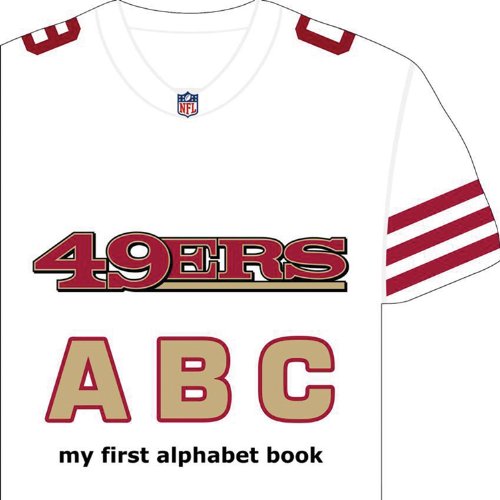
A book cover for San Francisco 49ers ABC (My First Alphabet Books); Brad M. Epstein; Children's Books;